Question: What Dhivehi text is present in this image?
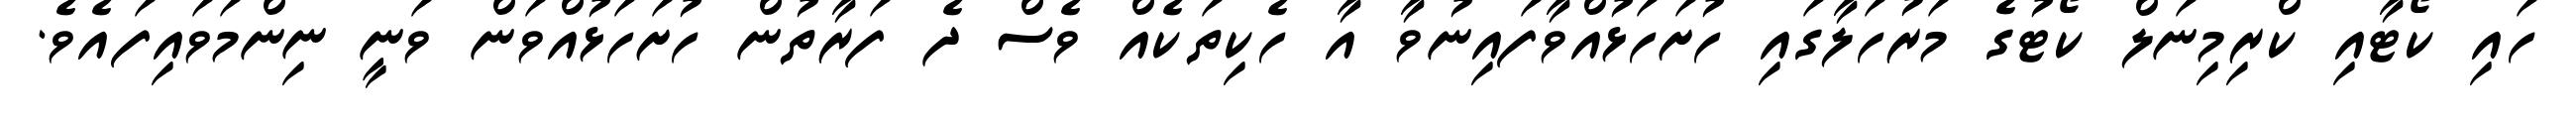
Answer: ހައި ކޯޓާއި ކްރިމިނަލް ކޯޓުގެ މަރުހަލާގައި ހުށަހަޅުއްވާފައިނުވާ އާ ހެކިތަކެއް ވެސް ދެ ފަރާތުން ހުށަހަޅުއްވަން ވަނީ ނިންމަވައިފައެވެ.